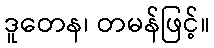
ဒူတေန၊ တမန်ဖြင့်။